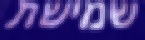
שמישת